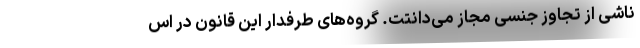
ناشی از تجاوز جنسی مجاز می‌دانتت. گروه‌های طرفدار این قانون در اس